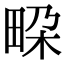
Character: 𭻐